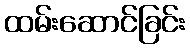
ထမ်းဆောင်ခြင်း